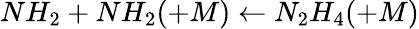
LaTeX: NH_{2}+NH_{2}(+M)\leftarrow N_{2}H_{4}(+M)